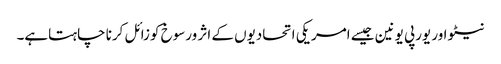
نیٹو اور یورپی یونین جیسے امریکی اتحادیوں کے اثر ورسوخ کوزائل کرنا چاہتاہے۔